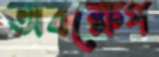
অবক্ষেপ